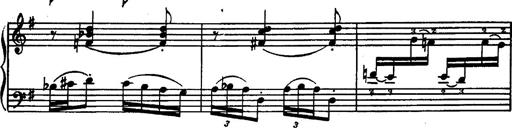
Title: Magyar rapszÃ³diÃ¡k
Composer: Franz Liszt